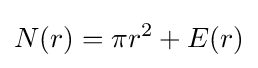
N(r)=\pi r^{2}+E(r)